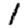
Digit: 1